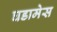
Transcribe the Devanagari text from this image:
घडामेस